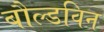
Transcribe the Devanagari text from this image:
बौल्डविन